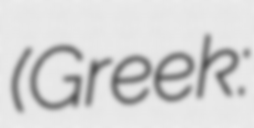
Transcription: (Greek: